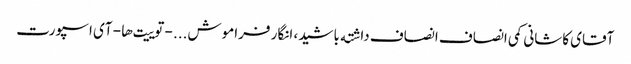
آقای کاشانی کمی انصاف انصاف داشته باشید، انگار فراموش... - توییت‌ها - آی اسپورت